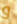
و